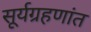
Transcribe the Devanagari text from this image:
सूर्यग्रहणांत